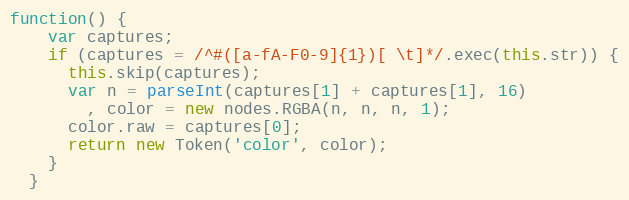
Language: JavaScript
function() {
    var captures;
    if (captures = /^#([a-fA-F0-9]{1})[ \t]*/.exec(this.str)) {
      this.skip(captures);
      var n = parseInt(captures[1] + captures[1], 16)
        , color = new nodes.RGBA(n, n, n, 1);
      color.raw = captures[0];
      return new Token('color', color);
    }
  }